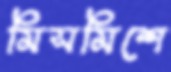
মিসমিশে